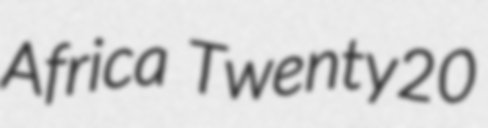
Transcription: Africa Twenty20